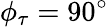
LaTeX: \phi_{\tau}=90^{\circ}